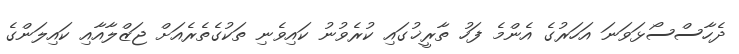
ދެހާސްސޯޅަވަނަ އަހަރުގެ އެންމެ ފަހު ތާރީޚުގައި ކުރެވުނު ކައިވެނި ތަކުގެތެރެއަށް ޖަޒްލާއާއި ކައިލަންގެ